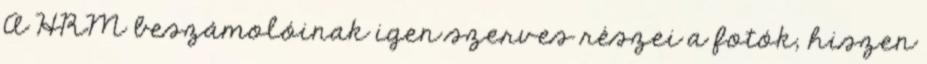
A HRM beszámolóinak igen szerves részei a fotók, hiszen